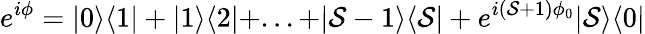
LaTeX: e^{i\phi}=|0\rangle\langle1|+|1\rangle\langle2|+...+|\mathcal{S}-1\rangle\langle\mathcal{S}|+e^{i(\mathcal{S}+1)\phi_{0}}|\mathcal{S}\rangle\langle0|